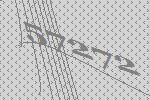
57272